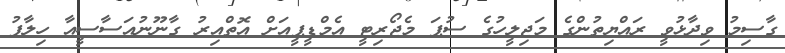
ގާސިމު ވިދާޅުވީ ރައްޔިތުންގެ މަޖިލީހުގެ ސުޕަ މެޖޯރިޓީ އެމްޑީޕީއަށް އޮތްއިރު ގާނޫނުއަސާސީއާ ހިލާފު